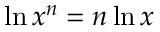
\ln x ^ { n } = n \ln x